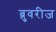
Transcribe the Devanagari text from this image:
ब्रुवरीज